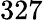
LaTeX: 327